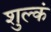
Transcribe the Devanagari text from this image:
शुल्कं